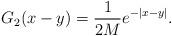
LaTeX: \begin{align*}G_2(x-y)={1\over2M}e^{-|x-y|}.\end{align*}